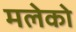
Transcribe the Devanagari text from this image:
मलेको